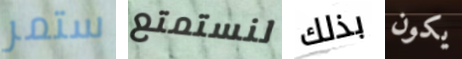
ستمر لنستمتع بذلك يكون